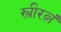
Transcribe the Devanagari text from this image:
स्त्रीरत्नं